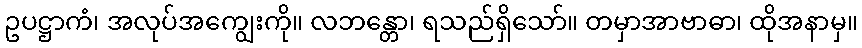
ဥပဋ္ဌာကံ၊ အလုပ်အကျွေးကို။ လဘန္တော၊ ရသည်ရှိသော်။ တမှာအာဗာဓာ၊ ထိုအနာမှ။